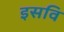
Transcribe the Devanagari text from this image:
इसवि